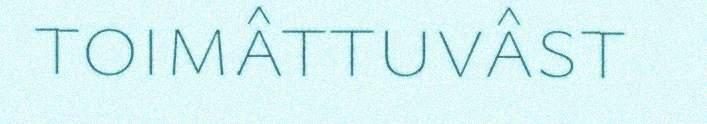
toimâttuvâst